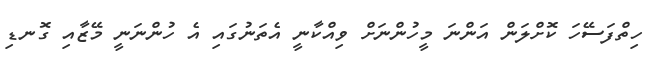
ހިތްފަސޭހަ ކޮށްލަން އަންނަ މީހުންނަށް ވިއްކާނީ އެތަނުގައި އެ ހުންނަނީ މޭޒާއި ގޮނޑި